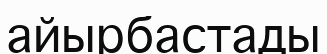
айырбастады